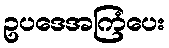
ဥပဒေအကြံပေး